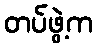
တပ်ဖွဲ့က